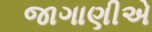
જાગાણીએ